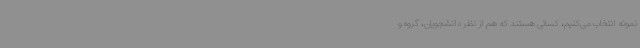
نمونه انتخاب می‌کنیم، کسانی هستند که هم از نظر دانشجویان، گروه و